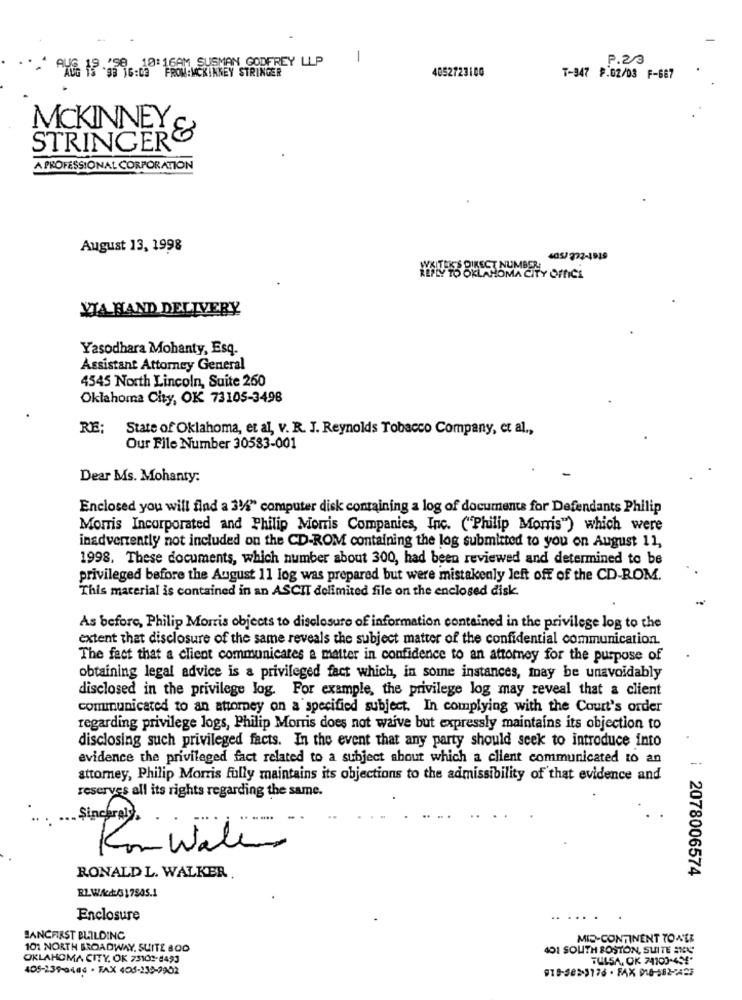
.'S8 10: 16AM SUSMAN GODFREY LLP
1
P.2/3
"ALG 15 .93 1G:03 FROM:MCKINNEY STRINGER
4052723100
T-347 F.02/03 F-687
MCKINNEY
STRINGERE
A PROFESSIONAL CORPORATION
August 13, 1998
stat-teersor
VIA HAND DELIVERY
Yasodhara Mohanty, Esq.
Assistant Attorney General
4545 North Lincoln, Suite 260
Oklahoma City, OK 73105-3498
RE:
State of Oklahoma, et al, v. R. J. Reynolds Tobacco Company, et al .,
Our File Number 30583-001
Dear Ms. Mohanty:
Enclosed you will find a 314" computer disk containing a log of documents for Defendants Philip
Morris Incorporated and Philip Morris Companies, Inc. ("Philip Morris") which were
inadvertently not included on the CD-ROM containing the log submitted to you on August 11,
1998. These documents, which number about 300, had been reviewed and determined to be
privileged before the August 11 log was prepared but were mistakenly left off of the CD-ROM.
This material is contained in an ASCII dolimited file on the enclosed disk.
As before, Philip Morris objects to disclosure of information contained in the privilege log to the
extent that disclosure of the same reveals the subject matter of the confidential communication.
The fact that a client communicates a matter in confidence to an attorney for the purpose of
obtaining legal advice is a privileged fact which, in some instances, may be unavoidably
disclosed in the privilege log. For example, the privilege log may reveal that a client
communicated to an attorney on a specified subject. In complying with the Count's order
regarding privilege logs, Philip Morris does not waive but expressly maintains its objection to
disclosing such privileged facts. In the event that any party should seek to introduce into
evidence the privileged fact related to a subject about which a client communicated to an
attorney, Philip Morris fully maintains its objections to the admissibility of that evidence and
reserves all its rights regarding the same.
. Sinchraly),
Konwale
: 2078006574
RONALD L. WALKER
Enclosure
BANCFIRST BUILDING
MID-CONTINENT TON'LE
101 NORTH BROADWAY, SUITE BOO
401 SOUTH BOSTON, SUITE ANY
OKLAHOMA CITY, OK 73102-8493
TULSA, OK 74100-454*
405-259-0404 · FAX 405-138-2902